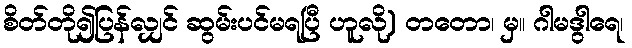
စိတ်တို၍ပြန်လျှင် ဆွမ်းပင်မရပြီ ဟူလို) တတော၊ မှ။ ဂါမဒွါရေ၊